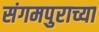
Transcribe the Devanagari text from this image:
संगमपुराच्या